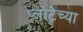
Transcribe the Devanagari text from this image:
प्लोटेच्या